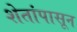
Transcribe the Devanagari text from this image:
शेतांपासून